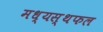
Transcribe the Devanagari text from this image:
मध्यस्थफल